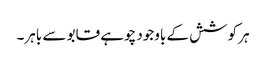
ہر کوشش کے باوجود چوہے قابو سے باہر۔